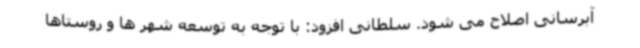
آبرسانی اصلاح می شود. سلطانی افزود: با توجه به توسعه شهر ها و روستاها